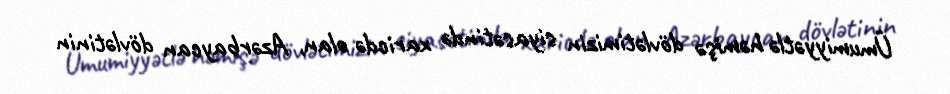
Ümumiyyətlə həmişə dövlətimizin siyasətində xaricdə olan, Azərbaycan dövlətinin